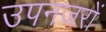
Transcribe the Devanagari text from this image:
उपनजरों